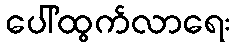
ပေါ်ထွက်လာရေး